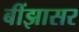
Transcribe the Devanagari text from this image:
बींझासर